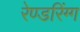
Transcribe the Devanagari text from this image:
रेण्डरिंग्ग